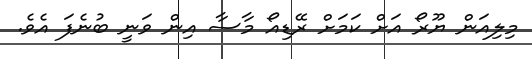
މިލިއަން ޔޫރޯ އަށް ކަމަށް ރޭޑިއޯ މާސާ އިން ވަނީ ބުނެފަ އެވެ.